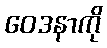
ဝေဒနာကို